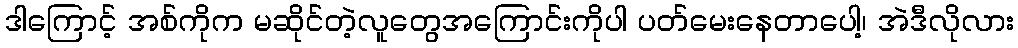
ဒါကြောင့် အစ်ကိုက မဆိုင်တဲ့လူတွေအကြောင်းကိုပါ ပတ်မေးနေတာပေါ့၊ အဲဒီလိုလား